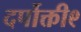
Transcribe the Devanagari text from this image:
दर्पोक्ती९